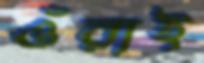
ওঁরাই